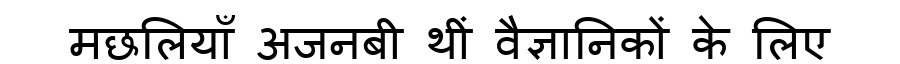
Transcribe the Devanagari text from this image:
मछलियाँ अजनबी थीं वैज्ञानिकों के लिए